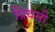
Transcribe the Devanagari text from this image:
प्रियसी